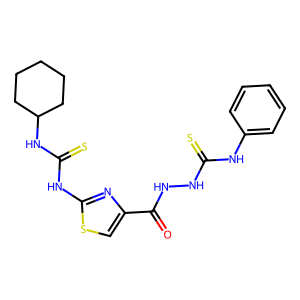
SMILES: O=C(NNC(=S)Nc1ccccc1)c1csc(NC(=S)NC2CCCCC2)n1
Inhibits HIV replication: No